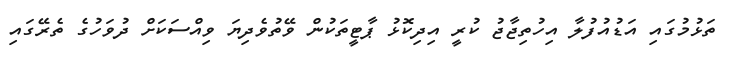
ތަޅުމުގައި އަޑުއުފުލާ އިހުތިޖާޖު ކުރީ އިދިކޮޅު ޕާޓީތަކުން ވޭތުވެދިޔަ ވިއްސަކަށް ދުވަހުގެ ތެރޭގައި